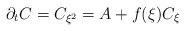
LaTeX: \begin{align*} \partial_tC=C_{\xi^2}=A+f(\xi)C_{\xi} \end{align*}